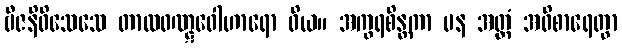
ဗီဇနိဝိသေသေ တာလဝဏ္ဋဝေါဟာရော ဝိယ။ အက္ခရစိန္တကာ ပန အတ္ထံ အဝိစာရေတွာ